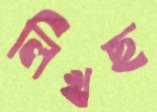
লিখছ